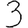
Digit: 3